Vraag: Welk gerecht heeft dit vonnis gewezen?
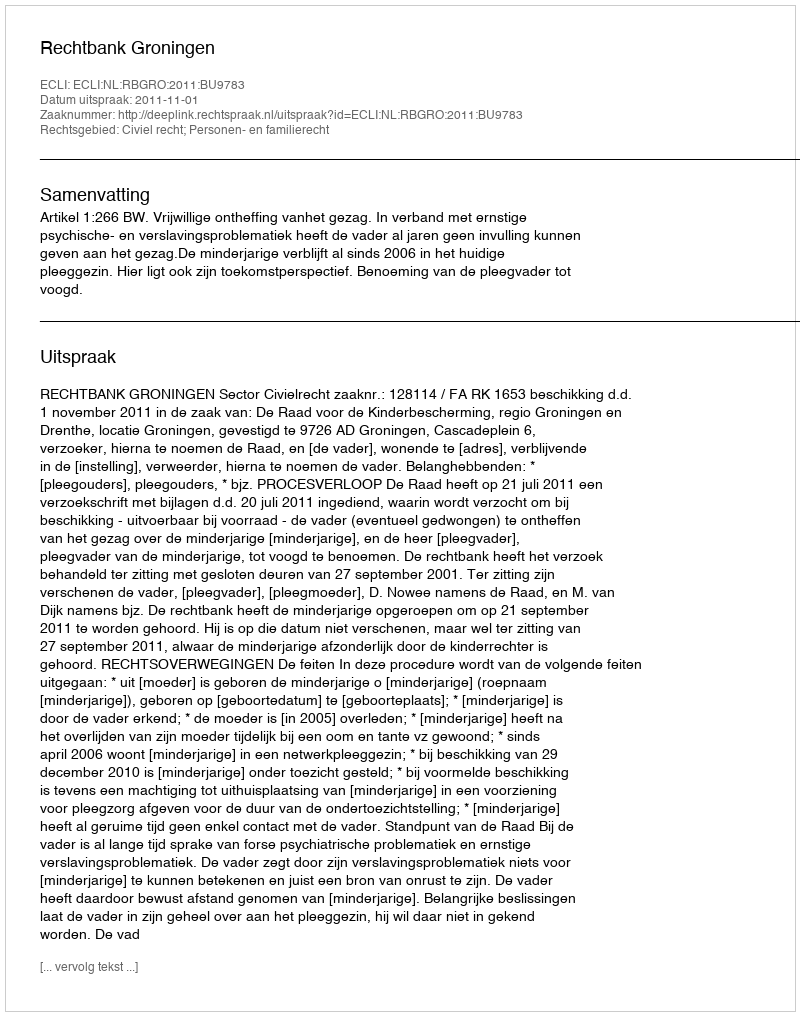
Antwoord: Rechtbank Groningen